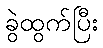
ခွဲထွက်ပြီး